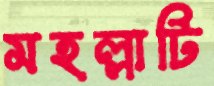
মহল্লাটি